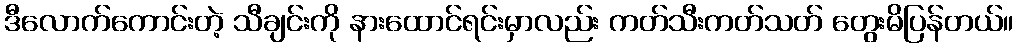
ဒီလောက်ကောင်းတဲ့ သီချင်းကို နားထောင်ရင်းမှာလည်း ကတ်သီးကတ်သတ် တွေးမိပြန်တယ်။